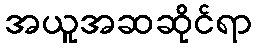
အယူအဆဆိုင်ရာ